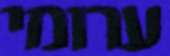
ערומי